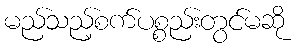
မည်သည့်စက်ပစ္စည်းတွင်မဆို